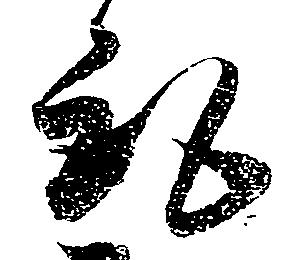
取